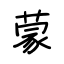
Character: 蒙